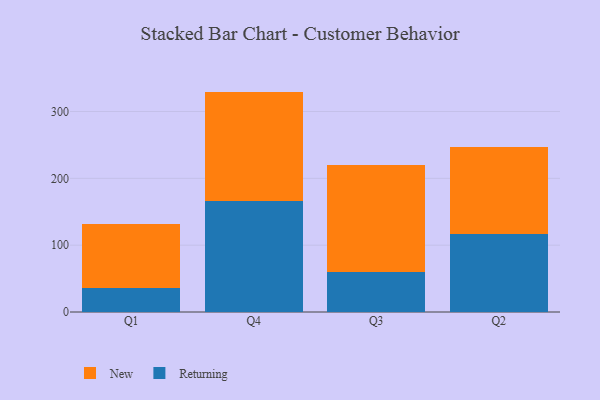
{"axis": {"x": "Quarter", "y": "Website Visitors"}, "legend": ["New", "Returning"], "data": [{"x": "Q1", "y": 36.3, "type": "Returning"}, {"x": "Q1", "y": 96.1, "type": "New"}, {"x": "Q4", "y": 165.4, "type": "Returning"}, {"x": "Q4", "y": 164.4, "type": "New"}, {"x": "Q3", "y": 59.5, "type": "Returning"}, {"x": "Q3", "y": 160.0, "type": "New"}, {"x": "Q2", "y": 116.0, "type": "Returning"}, {"x": "Q2", "y": 131.1, "type": "New"}]}